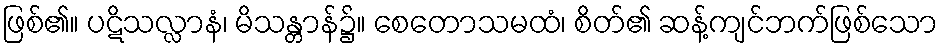
ဖြစ်၏။ ပဋိသလ္လာနံ၊ မိသန္တာန်၌။ စေတောသမထံ၊ စိတ်၏ ဆန့်ကျင်ဘက်ဖြစ်သော